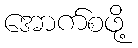
အောက်စဖို့